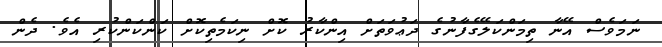
ނަމަވެސް އޭނާ ތިމަންކަލޭގެފާނުގެ ދަޢުވަތަށް އިންކާރު ކޮށް ނިކަމެތިކޮށް ކަންކަންކުރި އެވެ. ދެން